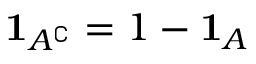
\mathbf { 1 } _ { A ^ { \complement } } = 1 - \mathbf { 1 } _ { A }